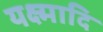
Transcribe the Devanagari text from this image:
यक्ष्मादि